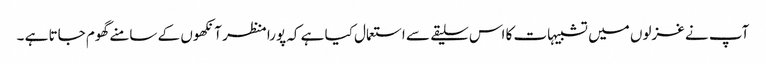
آپ نے غزلوں میں تشبیہات کا اس سلیقے سے استعمال کیا ہے کہ پورا منظر آنکھوں کے سامنے گھوم جاتا ہے ۔